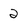
Character: 2